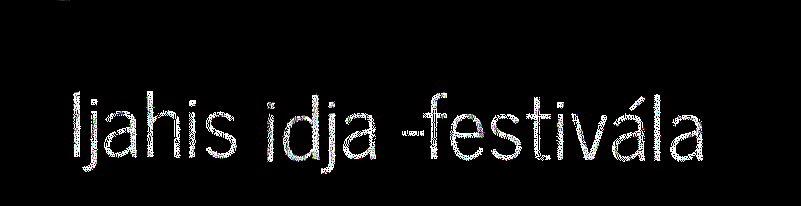
Ijahis idja -festivála